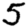
Digit: 5